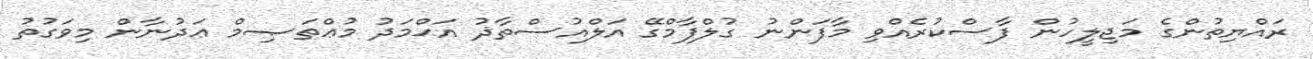
ރައްޔިތުންގެ މަޖިލީހުން ފާސްކުރެއްވި މާފަންނު ގުލްފާމްގޭ އަލްއުސްތާޛު އަޙްމަދު މުޢްތަޞިމް ޢަދުނާން މިވަގުތު